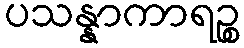
ပသန္နာကာရဉ္စ